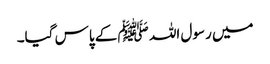
میں رسول اللہ ﷺ کے پاس گیا۔